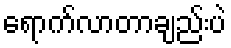
ရောက်လာတာချည်းပဲ